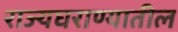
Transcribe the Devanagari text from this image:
राज्यघराण्यातील